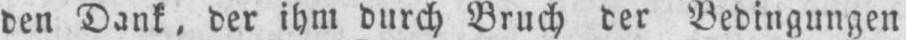
den Dank, der ihm durch Bruch der Bedingungen